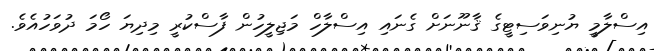
އިސްލާމީ ޔުނިވަސިޓީގެ ޤާނޫނަށް ގެނައި އިސްލާހް މަޖިލީހުން ފާސްކުރީ މިދިޔަ ހޯމަ ދުވަހުއެވެ.